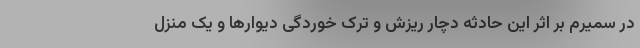
در سمیرم بر اثر این حادثه دچار ریزش و ترک خوردگی دیوارها و یک منزل